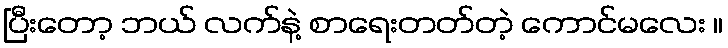
ပြီးတော့ ဘယ် လက်နဲ့ စာရေးတတ်တဲ့ ကောင်မလေး ။